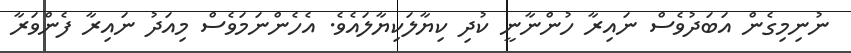
ނުނިމިގެން އަބަދުވެސް ނައިރާ ހުންނާނީ ކުދި ކިޔާލަކިޔާލައެވެ. އެހެންނަމަވެސް މިއަދު ނައިރާ ފެންވަރާ